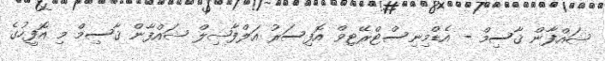
ޝައްފާން ޤާސިމް - އެޑްމިނިސްޓްރޭޓިވް އޮފިސަރު އަލްފާޟިލް ޝައްފާން ޤާސިމް މި އޮފީހުގެ